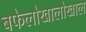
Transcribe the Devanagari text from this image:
बफेलोखालोखाल